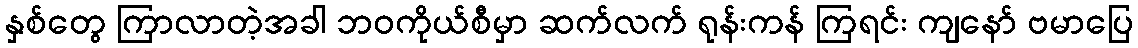
နှစ်တွေ ကြာလာတဲ့အခါ ဘဝကိုယ်စီမှာ ဆက်လက် ရုန်းကန် ကြရင်း ကျနော် ဗမာပြေ